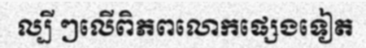
ល្បី ៗលើពិភពលោកផ្សេងទៀត